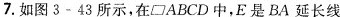
7.如图3-43所示，在□ABCD中，E是BA延长线